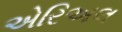
એરિઅલ